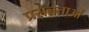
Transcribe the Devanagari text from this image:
प्रसन्नताओं